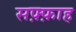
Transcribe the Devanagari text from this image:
सफ़्फ़ाह